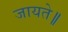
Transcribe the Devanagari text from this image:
जायते॥